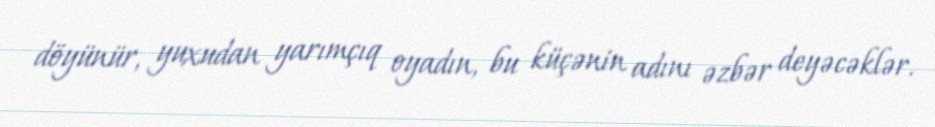
döyünür, yuxudan yarımçıq oyadın, bu küçənin adını əzbər deyəcəklər.